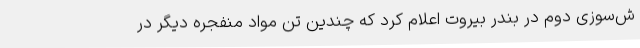
ش‌سوزی دوم در بندر بیروت اعلام کرد که چندین تن مواد منفجره دیگر در